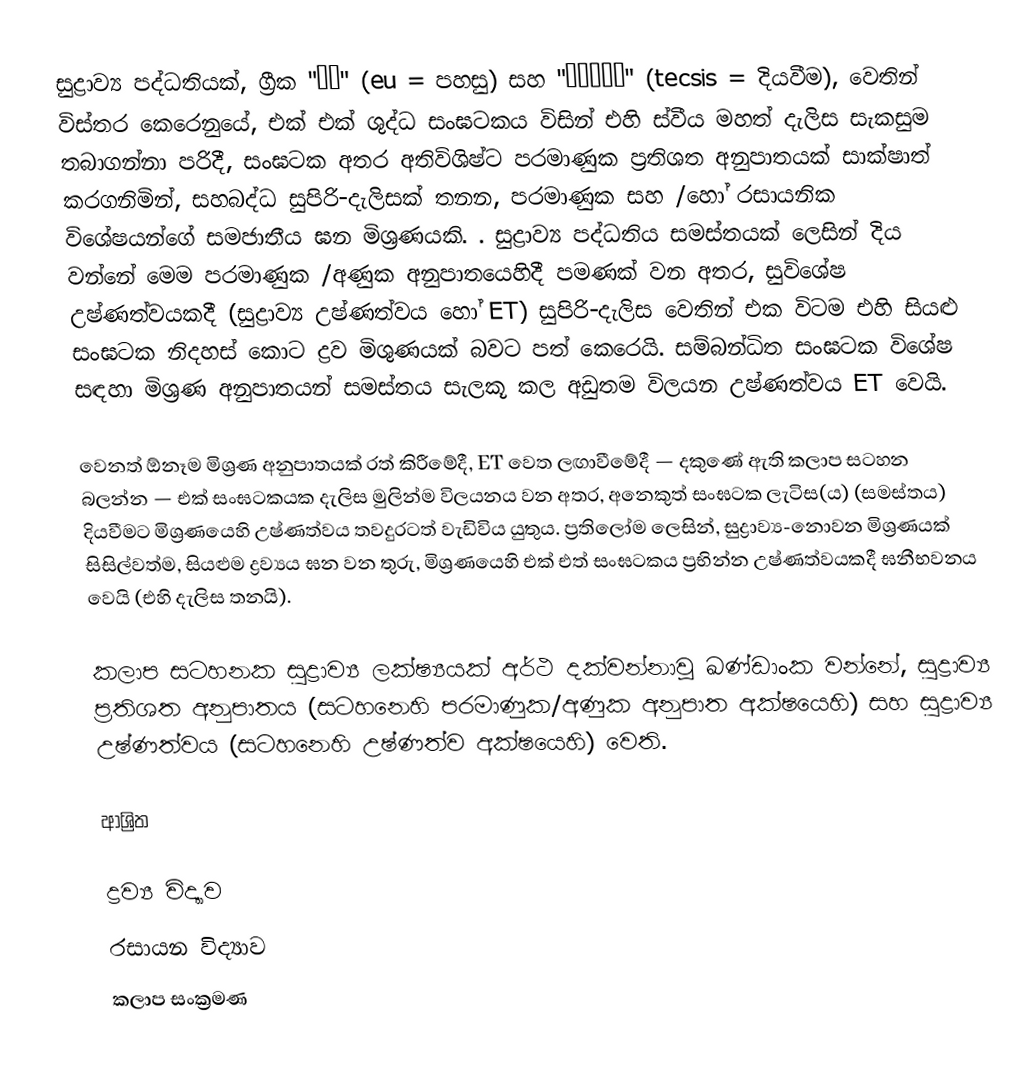
සුද්‍රාව්‍ය පද්ධතියක්,  ග්‍රීක "ευ" (eu = පහසු) සහ "Τήξις" (tecsis = දියවීම), වෙතින්  විස්තර කෙරෙනුයේ,  එක් එක් ශුද්ධ සංඝටකය විසින් එහි ස්වීය මහත් දැලිස සැකසුම තබාගන්නා පරිදී, සංඝටක අතර අතිවිශිෂ්ට පරමාණුක ප්‍රතිශත අනුපාතයක් සාක්ෂාත් කරගනිමින්, සහබද්ධ සුපිරි-දැලිසක් තනන, පරමාණුක සහ /හෝ රසායනික විශේෂයන්ගේ සමජාතීය ඝන මිශ්‍රණයකි. .    සුද්‍රාව්‍ය පද්ධතිය සමස්තයක් ලෙසින්  දිය වන්නේ  මෙම පරමාණුක /අණුක අනුපාතයෙහිදී පමණක් වන අතර, සුවිශේෂ උෂ්ණත්වයකදී (සුද්‍රාව්‍ය උෂ්ණත්වය හෝ ET) සුපිරි-දැලිස වෙතින් එක විටම එහි සියළු සංඝටක නිදහස් කොට ද්‍රව මිශුණයක් බවට පත් කෙරෙයි. සම්බන්ධිත සංඝටක විශේෂ සඳහා මිශ්‍රණ අනුපාතයන් සමස්තය සැලකූ කල අඩුතම විලයන උෂ්ණත්වය ET වෙයි.

වෙනත් ඕනෑම මිශ්‍රණ අනුපාතයක් රත් කිරීමේදී, ET වෙත ලඟාවීමේදී — දකුණේ ඇති කලාප සටහන බලන්න — එක් සංඝටකයක දැලිස මුලින්ම විලයනය වන අතර, අනෙකුත් සංඝටක ලැටිස(ය) (සමස්තය) දියවීමට මිශ්‍රණයෙහි උෂ්ණත්වය තවදුරටත් වැඩිවිය යුතුය.    ප්‍රතිලෝම ලෙසින්, සුද්‍රාව්‍ය-නොවන මිශ්‍රණයක් සිසිල්වත්ම, සියළුම ද්‍රව්‍යය ඝන වන තුරු, මිශ්‍රණයෙහි එක් එත් සංඝටකය ප්‍රභින්න උෂ්ණත්වයකදී ඝනීභවනය වෙයි (එහි දැලිස තනයි).

කලාප සටහනක සුද්‍රාව්‍ය ලක්ෂ්‍යයක් අර්ථ දක්වන්නාවූ ඛණ්ඩාංක වන්නේ,   සුද්‍රාව්‍ය ප්‍රතිශත අනුපාතය (සටහනෙහි  පරමාණුක/අණුක අනුපාත අක්ෂයෙහි) සහ සුද්‍රාව්‍ය උෂ්ණත්වය (සටහනෙහි උෂ්ණත්ව අක්ෂයෙහි) වෙති.

ආශ්‍රිත

ද්‍රව්‍ය විද්‍යාව
රසායන විද්‍යාව
කලාප සංක්‍රමණ